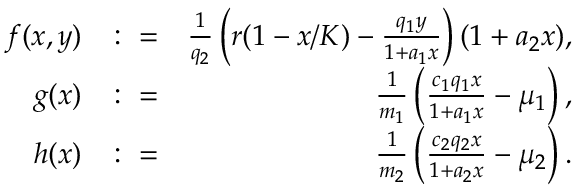
\begin{array} { r l r } { f ( x , y ) } & { \colon = } & { \frac { 1 } { q _ { 2 } } \left( r ( 1 - x / K ) - \frac { q _ { 1 } y } { 1 + a _ { 1 } x } \right) ( 1 + a _ { 2 } x ) , } \\ { g ( x ) } & { \colon = } & { \frac { 1 } { m _ { 1 } } \left( \frac { c _ { 1 } q _ { 1 } x } { 1 + a _ { 1 } x } - \mu _ { 1 } \right) , } \\ { h ( x ) } & { \colon = } & { \frac { 1 } { m _ { 2 } } \left( \frac { c _ { 2 } q _ { 2 } x } { 1 + a _ { 2 } x } - \mu _ { 2 } \right) . } \end{array}